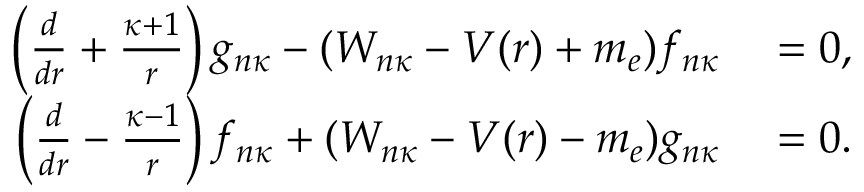
\begin{array} { r } { \begin{array} { r l } { \left( \frac { d } { d r } + \frac { \kappa + 1 } { r } \right) g _ { n \kappa } - ( W _ { n \kappa } - V ( r ) + m _ { e } ) f _ { n \kappa } } & { { } = 0 , } \\ { \left( \frac { d } { d r } - \frac { \kappa - 1 } { r } \right) f _ { n \kappa } + ( W _ { n \kappa } - V ( r ) - m _ { e } ) g _ { n \kappa } } & { { } = 0 . } \end{array} } \end{array}